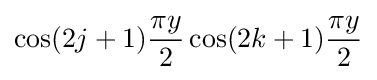
\cos(2j+1){\frac {\pi y}{2}}\cos(2k+1){\frac {\pi y}{2}}